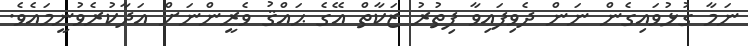
ނަމާ ގުޅުވައިގެން ނަން ދެވިފައިވާ ފިތުރު ޒަކާތް އޭގެ ޙައްޤު ވެރީންނަށް އަދާކުރެވުނީމައެވެ.